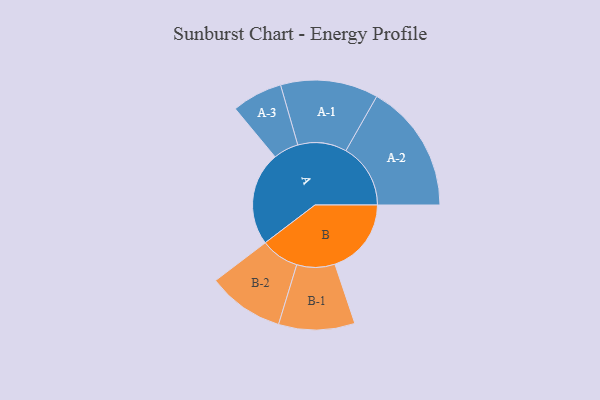
{"axis": {"x": "Segment", "y": "Value"}, "legend": ["", "A", "B"], "data": [{"x": "A", "y": 374, "type": ""}, {"x": "B", "y": 305, "type": ""}, {"x": "A-1", "y": 195, "type": "A"}, {"x": "A-2", "y": 258, "type": "A"}, {"x": "A-3", "y": 101, "type": "A"}, {"x": "B-1", "y": 152, "type": "B"}, {"x": "B-2", "y": 153, "type": "B"}]}